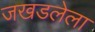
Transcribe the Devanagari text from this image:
जखडलेला